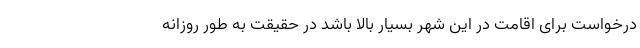
درخواست برای اقامت در این شهر بسیار بالا باشد در حقیقت به طور روزانه